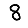
Digit: 8